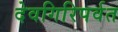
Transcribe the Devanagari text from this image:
देवगिरिपर्वत